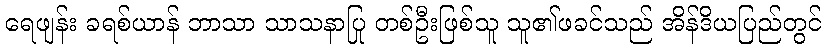
ရေဖျန်း ခရစ်ယာန် ဘာသာ သာသနာပြု တစ်ဦးဖြစ်သူ သူ၏ဖခင်သည် အိန်ဒိယပြည်တွင်